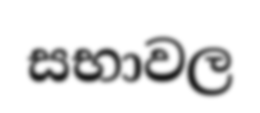
සභාවල